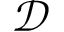
\mathcal { D }